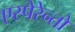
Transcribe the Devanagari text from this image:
एस्पेरेन्तो